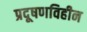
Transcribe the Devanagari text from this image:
प्रदूषणविहीन